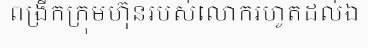
ពង្រីកក្រុមហ៊ុនរបស់លោករហូតដល់ឯ